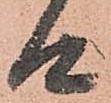
候